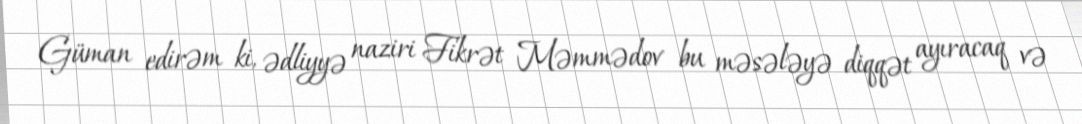
Güman edirəm ki, ədliyyə naziri Fikrət Məmmədov bu məsələyə diqqət ayıracaq və